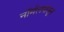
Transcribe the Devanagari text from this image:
नॉर्मलपासून